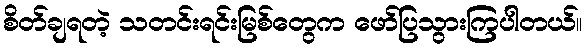
စိတ်ချရတဲ့ သတင်းရင်းမြစ်တွေက ဖော်ပြသွားကြပါတယ်။